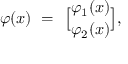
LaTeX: \varphi ( x ) \ = \ { \varphi _ { 1 } ( x ) \brack \varphi _ { 2 } ( x ) } ,